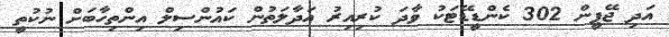
އަދި ޖޭޕީން 302 ކެންޑީޑޭޓަކު ވާދަ ކުރިއިރު އަދާލަތުން ކައުންސިލް އިންތިހާބަށް ނުކުތީ